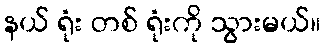
နယ် ရုံး တစ် ရုံးကို သွားမယ်။